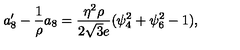
a _ { 8 } ^ { \prime } - \frac { 1 } { \rho } a _ { 8 } = \frac { \eta ^ { 2 } \rho } { 2 \sqrt { 3 } e } ( \psi _ { 4 } ^ { 2 } + \psi _ { 6 } ^ { 2 } - 1 ) ,